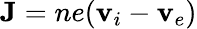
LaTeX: \mathbf{J}=ne(\mathbf{v}_{i}-\mathbf{v}_{e})